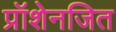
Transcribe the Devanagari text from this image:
प्रॉशेनजित